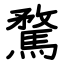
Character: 騖